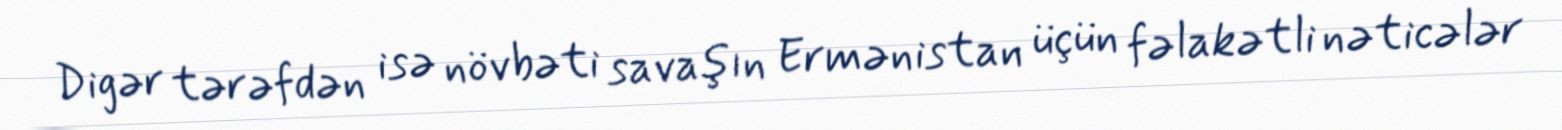
Digər tərəfdən isə növbəti savaşın Ermənistan üçün fəlakətli nəticələr